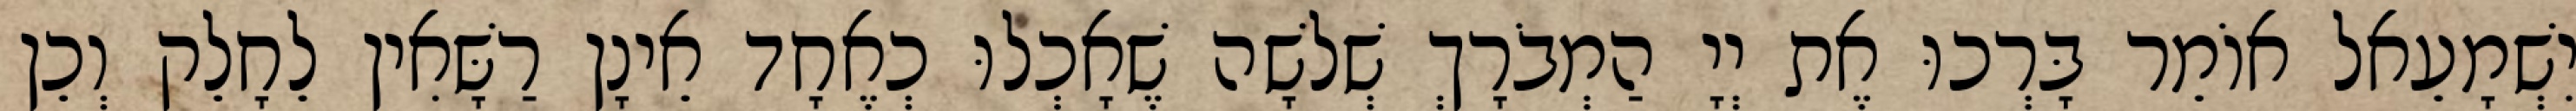
יִשְׁמָעֵאל אוֹמֵר בָּרְכוּ אֶת יְיָ הַמְבֹרָךְ שְׁלשָׁה שֶׁאָכְלוּ כְאֶחָד אֵינָן רַשָּׁאִין לֵחָלֵק וְכֵן